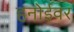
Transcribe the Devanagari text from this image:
हनोईवर